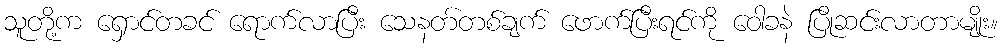
သူတို့က ရှောင်တခင် ရောက်လာပြီး သေနတ်တစ်ချက် ဖောက်ပြီးရင်ကို ဝေါခနဲ ပြိုဆင်းလာတာမျိုး။